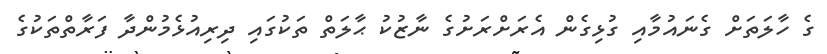
ގެ ހާލަތަށް ގެނައުމާއި ގުޅިގެން އެރަށްރަށުގެ ނާޒުކު ޙާލަތް ތަކުގައި ދިރިއުޅެމުންދާ ފަރާތްތަކުގެ